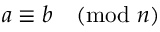
a \equiv b { \pmod { n } }